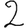
Digit: 2